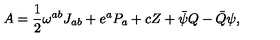
A = \frac { 1 } { 2 } \omega ^ { a b } J _ { a b } + e ^ { a } P _ { a } + c Z + \bar { \psi } Q - \bar { Q } \psi ,